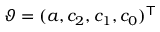
\boldsymbol \vartheta = ( a , c _ { 2 } , c _ { 1 } , c _ { 0 } ) ^ { \mathsf { T } }